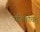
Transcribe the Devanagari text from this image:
यत्किंचित्‌